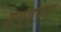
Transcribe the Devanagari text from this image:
अय्य्प्पा